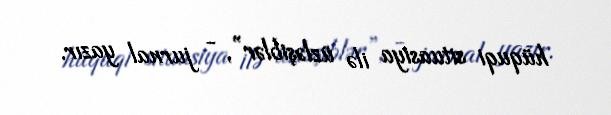
hüquqi situasiya ilə üzləşiblər”, - jurnal yazır.